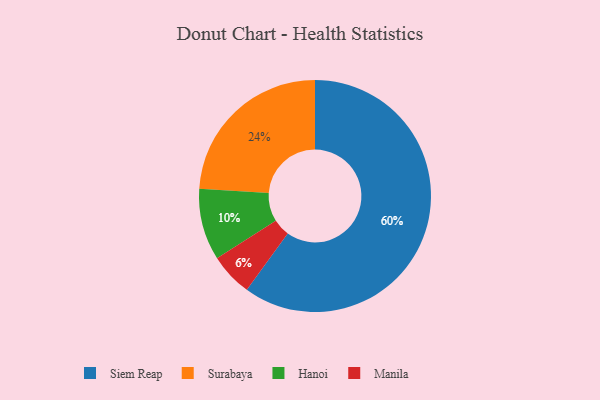
{"axis": {"x": "Category", "y": "Percentage"}, "legend": ["Hanoi", "Manila", "Siem Reap", "Surabaya"], "data": [{"x": "Surabaya", "y": 24, "type": "Surabaya"}, {"x": "Hanoi", "y": 10, "type": "Hanoi"}, {"x": "Siem Reap", "y": 60, "type": "Siem Reap"}, {"x": "Manila", "y": 6, "type": "Manila"}]}